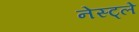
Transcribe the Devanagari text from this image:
नेस्ट्ले